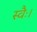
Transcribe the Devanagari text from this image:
स्वैः।